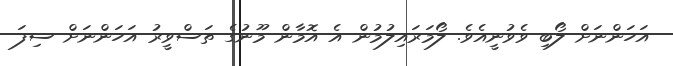
އަހަންނަށް ލޯބި ވެވުނީއެވެ. ލޯމަރައިލުމުން އެ އޮމާން މޫނުގެ ތަސްވީރު އަހަންނަށް ސިފަ